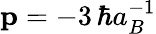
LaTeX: \mathbf{p}=-3\, \hbar a_{B}^{-1}